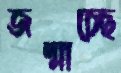
জন্মাচ্ছে